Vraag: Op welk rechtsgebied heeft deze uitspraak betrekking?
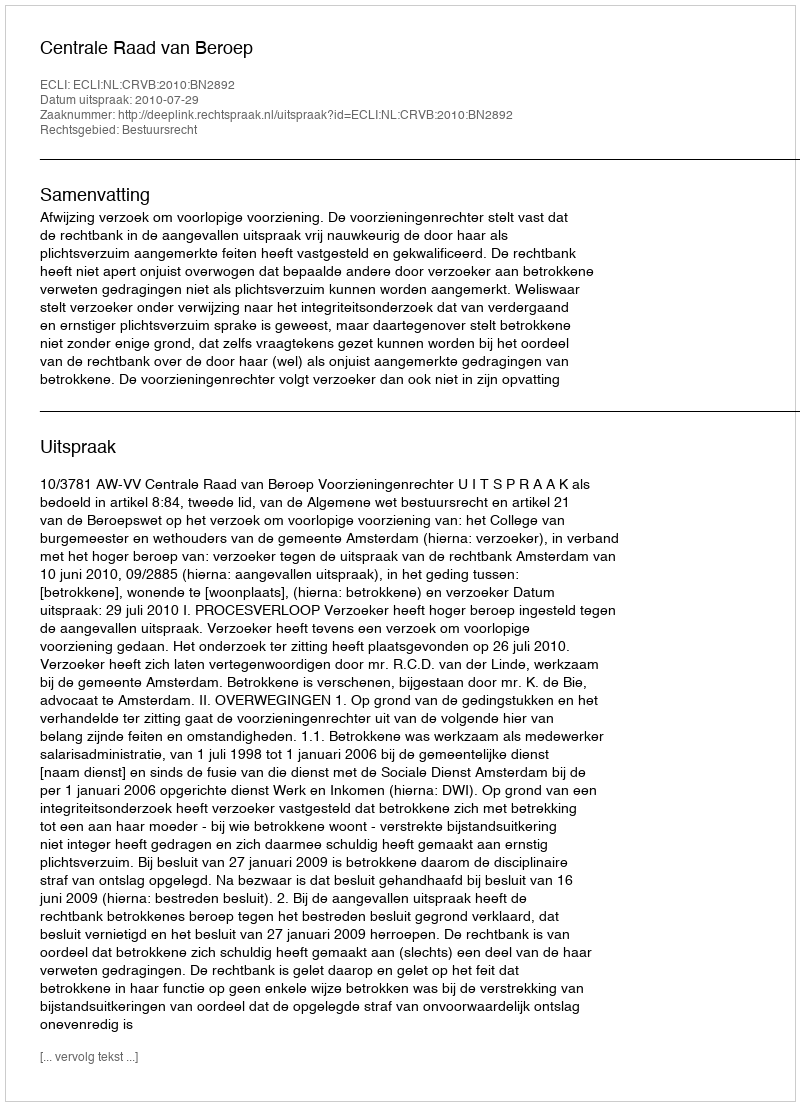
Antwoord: Bestuursrecht